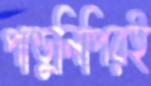
পাণ্ডুলিপিরই